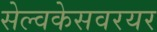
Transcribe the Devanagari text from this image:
सेल्वकेसवरयर